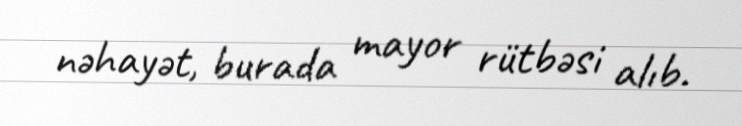
nəhayət, burada mayor rütbəsi alıb.